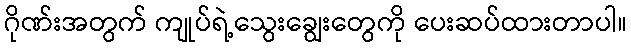
ဂိုဏ်းအတွက် ကျုပ်ရဲ့သွေးချွေးတွေကို ပေးဆပ်ထားတာပါ။